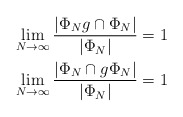
\begin{align*}\lim_{N \to \infty} \dfrac{|\Phi_N g \cap \Phi_N|}{|\Phi_N|}=1\\\lim_{N \to \infty} \dfrac{|\Phi_N \cap g \Phi_N|}{|\Phi_N|}=1\end{align*}